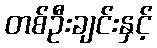
တစ်ဦးချင်းနှင့်